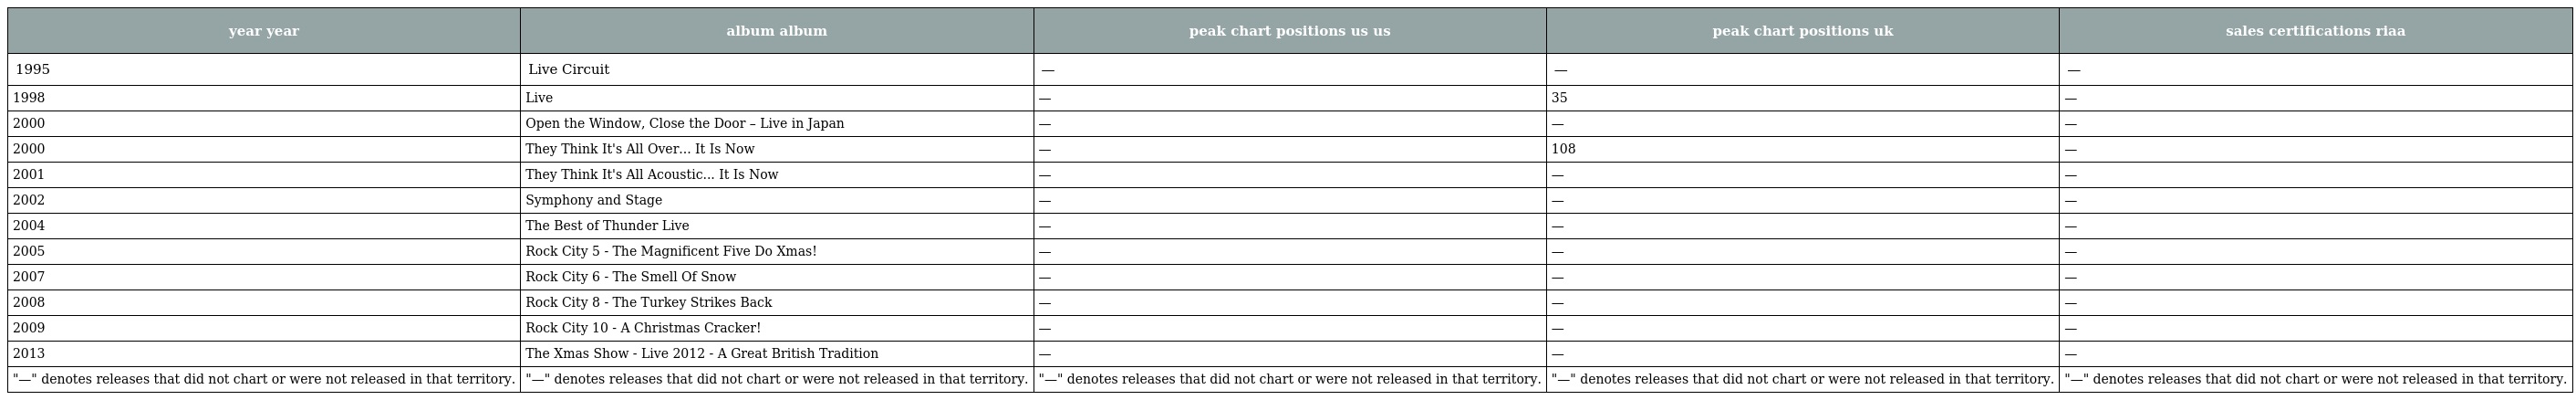
| year year | album album | peak chart positions us us | peak chart positions uk | sales certifications riaa |
 | --- | --- | --- | --- | --- |
 | 1995 | Live Circuit | — | — | — |
 | 1998 | Live | — | 35 | — |
 | 2000 | Open the Window, Close the Door – Live in Japan | — | — | — |
 | 2000 | They Think It's All Over... It Is Now | — | 108 | — |
 | 2001 | They Think It's All Acoustic... It Is Now | — | — | — |
 | 2002 | Symphony and Stage | — | — | — |
 | 2004 | The Best of Thunder Live | — | — | — |
 | 2005 | Rock City 5 - The Magnificent Five Do Xmas! | — | — | — |
 | 2007 | Rock City 6 - The Smell Of Snow | — | — | — |
 | 2008 | Rock City 8 - The Turkey Strikes Back | — | — | — |
 | 2009 | Rock City 10 - A Christmas Cracker! | — | — | — |
 | 2013 | The Xmas Show - Live 2012 - A Great British Tradition | — | — | — |
 | "—" denotes releases that did not chart or were not released in that territory. | "—" denotes releases that did not chart or were not released in that territory. | "—" denotes releases that did not chart or were not released in that territory. | "—" denotes releases that did not chart or were not released in that territory. | "—" denotes releases that did not chart or were not released in that territory. |